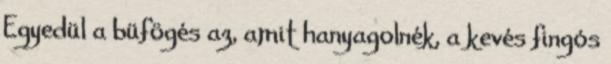
Egyedül a büfögés az, amit hanyagolnék, a kevés fingós